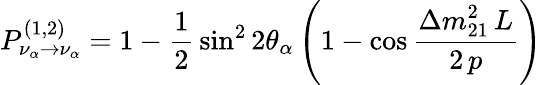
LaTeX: P_{\nu_{\alpha}\to\nu_{\alpha}}^{(1,2)}=1-{\frac{1}{2}}\sin^{2}2\theta_{\alpha}\left(1-\cos{\frac{\displaystyle\Delta m_{21}^{2}\, L}{\displaystyle 2\, p}}\right)